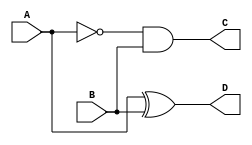
module hs(output  D,C,input A,B);
assign D=A^B;
assign C=(~A&B);
endmodule